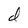
Character: d